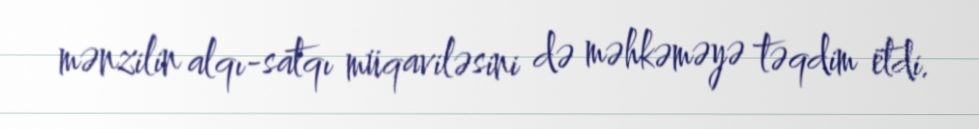
mənzilin alqı-satqı müqaviləsini də məhkəməyə təqdim etdi.